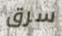
سرق